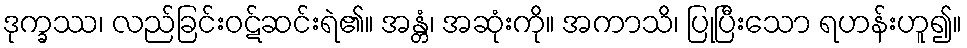
ဒုက္ခဿ၊ လည်ခြင်းဝဋ်ဆင်းရဲ၏။ အန္တံ၊ အဆုံးကို။ အကာသိ၊ ပြုပြီးသော ရဟန်းဟူ၍။